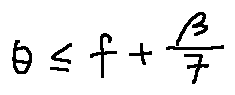
\theta \leq f + \frac { \beta } { 7 }